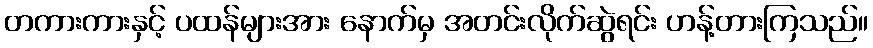
တကားကားနှင့် ပထန်များအား နောက်မှ အတင်းလိုက်ဆွဲရင်း ဟန့်တားကြသည်။